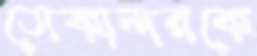
সেকান্দরকে